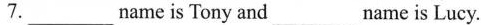
7.___name is Tony and___name is Lucy.